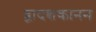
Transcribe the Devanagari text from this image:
द्वादशकानन